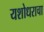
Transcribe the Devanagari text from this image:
यशोधराचा